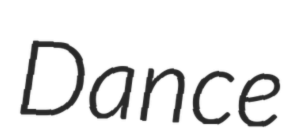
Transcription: Dance